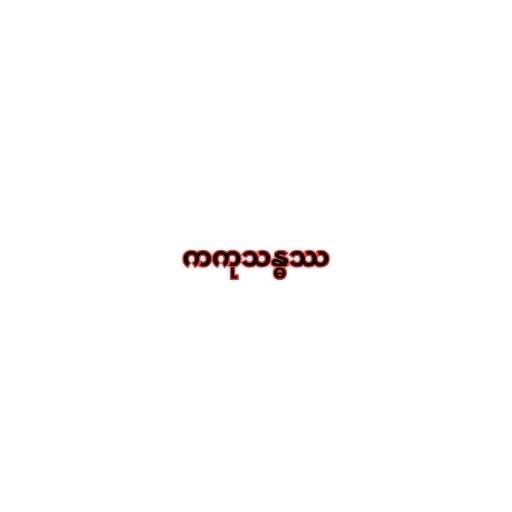
ကကုသန္ဓဿ